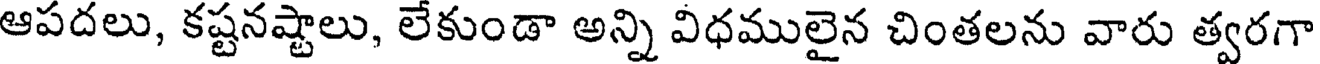
ఆపదలు, కష్టనష్టాలు, లేకుండా అన్ని విధములైన చింతలను వారు త్వరగా